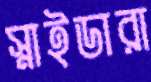
স্নাইডারা